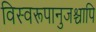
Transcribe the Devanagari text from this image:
विस्वरूपानुजश्चापि